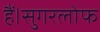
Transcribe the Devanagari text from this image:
हैं।सुगरलोफ